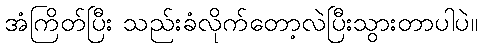
အံကြိတ်ပြီး သည်းခံလိုက်တော့လဲပြီးသွားတာပါပဲ။